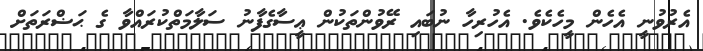
އެރުވުނީ އެހެން މީހެކެވެ. އެހުރިހާ ނުބައި ރޭވުންތަކުން ޢީސާގެފާނު ސަލާމަތްކުރައްވާ ގެ ޙަޟްރަތަށް